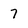
Character: 7